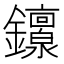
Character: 𬬟